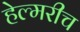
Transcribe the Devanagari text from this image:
हेल्मरीच